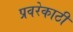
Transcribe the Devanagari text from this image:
प्रवरेकाठी